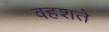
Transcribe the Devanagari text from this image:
वहशते